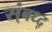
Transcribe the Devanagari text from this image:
स्ंबध्द्